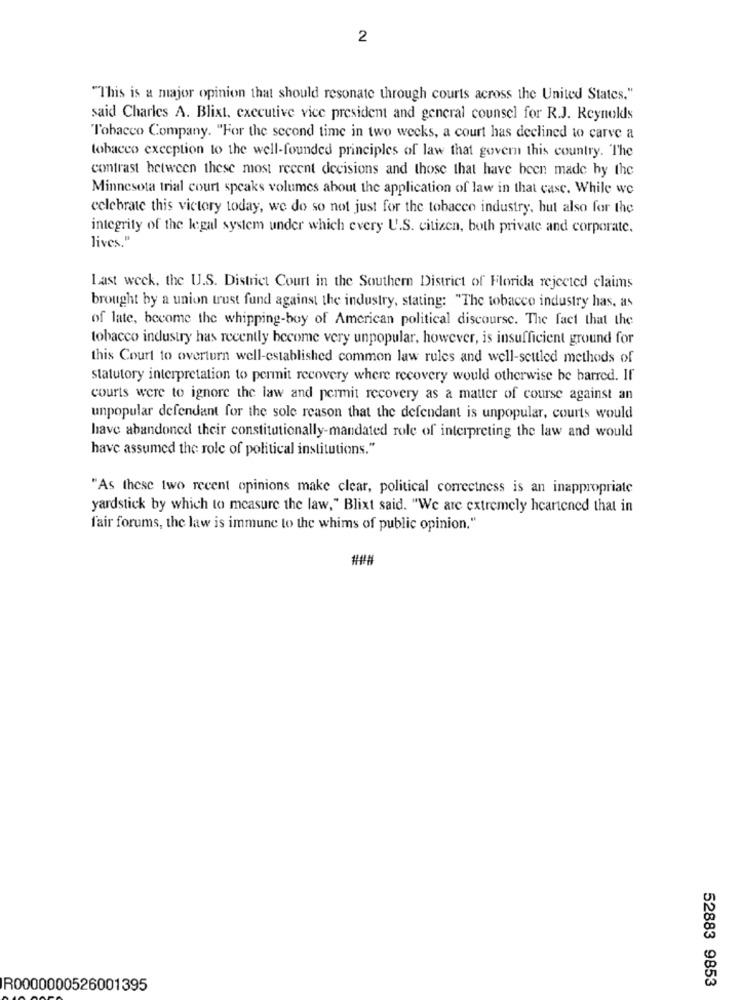
2
"This is a major opinion that should resonate through courts across the United States."
said Charles A. Blixt. executive vice president and general counsel for R.J. Reynolds
Tobacco Company. "For the second time in two weeks, a court has declined to carve a
tobacco exception to the well-founded principles of law that govern this country. The
contrast between these most recent decisions and those that have been made by the
Minnesota trial court speaks volumes about the application of law in that case. While we
celebrate this victory today, we do so not just for the tobacco industry, but also for the
integrity of the legal system under which every U.S. citizen, both private and corporate.
lives."
Last week, the U.S. District Court in the Southern District of Florida rejected claims
brought by a union trust fund against the industry, stating: "The tobacco industry has, as
of late, become the whipping-boy of American political discourse. The fact that the
tobacco industry has recently become very unpopular, however, is insufficient ground for
this Court to overturn well-established common law rules and well-settled methods of
statutory interpretation to permit recovery where recovery would otherwise be barred. If
courts were to ignore the law and permit recovery as a matter of course against an
unpopular defendant for the sole reason that the defendant is unpopular, courts would
have abandoned their constitutionally-mandated role of interpreting the law and would
have assumed the role of political institutions."
"As these two recent opinions make clear, political correctness is an inappropriate
yardstick by which to measure the law," Blixt said. "We are extremely hcartened that in
fair forums, the law is immune to the whims of public opinion."
52883 9853
R0000000526001395